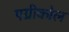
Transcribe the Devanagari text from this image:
एग्रीकोल